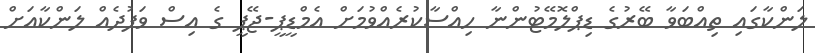
ލަންކާގައި ތިއްބަވާ ބޭރުގެ ޑިޕްލޮމޭޓުންނާ ހިއްސާކުރެއްވުމަށް އެމްޑީޕީ-ޖޭޕީ ގެ އިސް ވަފުދެއް ލަންކާއަށް